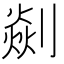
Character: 𠟡